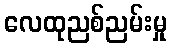
လေထုညစ်ညမ်းမှု